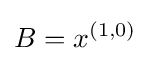
B=x^{(1,0)}